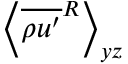
\left\langle \overline { { \rho u ^ { \prime } } } ^ { R } \right\rangle _ { y z }